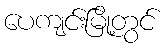
ပေကျင်းမြို့တွင်